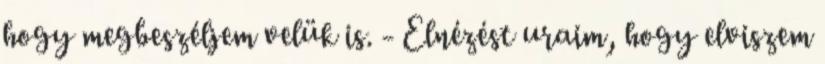
hogy megbeszéljem velük is. - Elnézést uraim, hogy elviszem